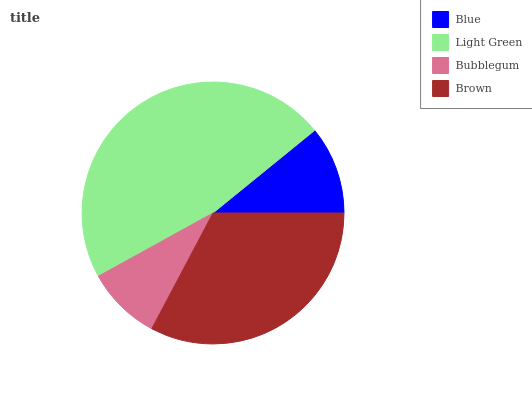
| Blue | Light Green | Bubblegum | Brown |
 | --- | --- | --- | --- |
 | 10.9% | 47.1% | 9.23% | 32.8% |